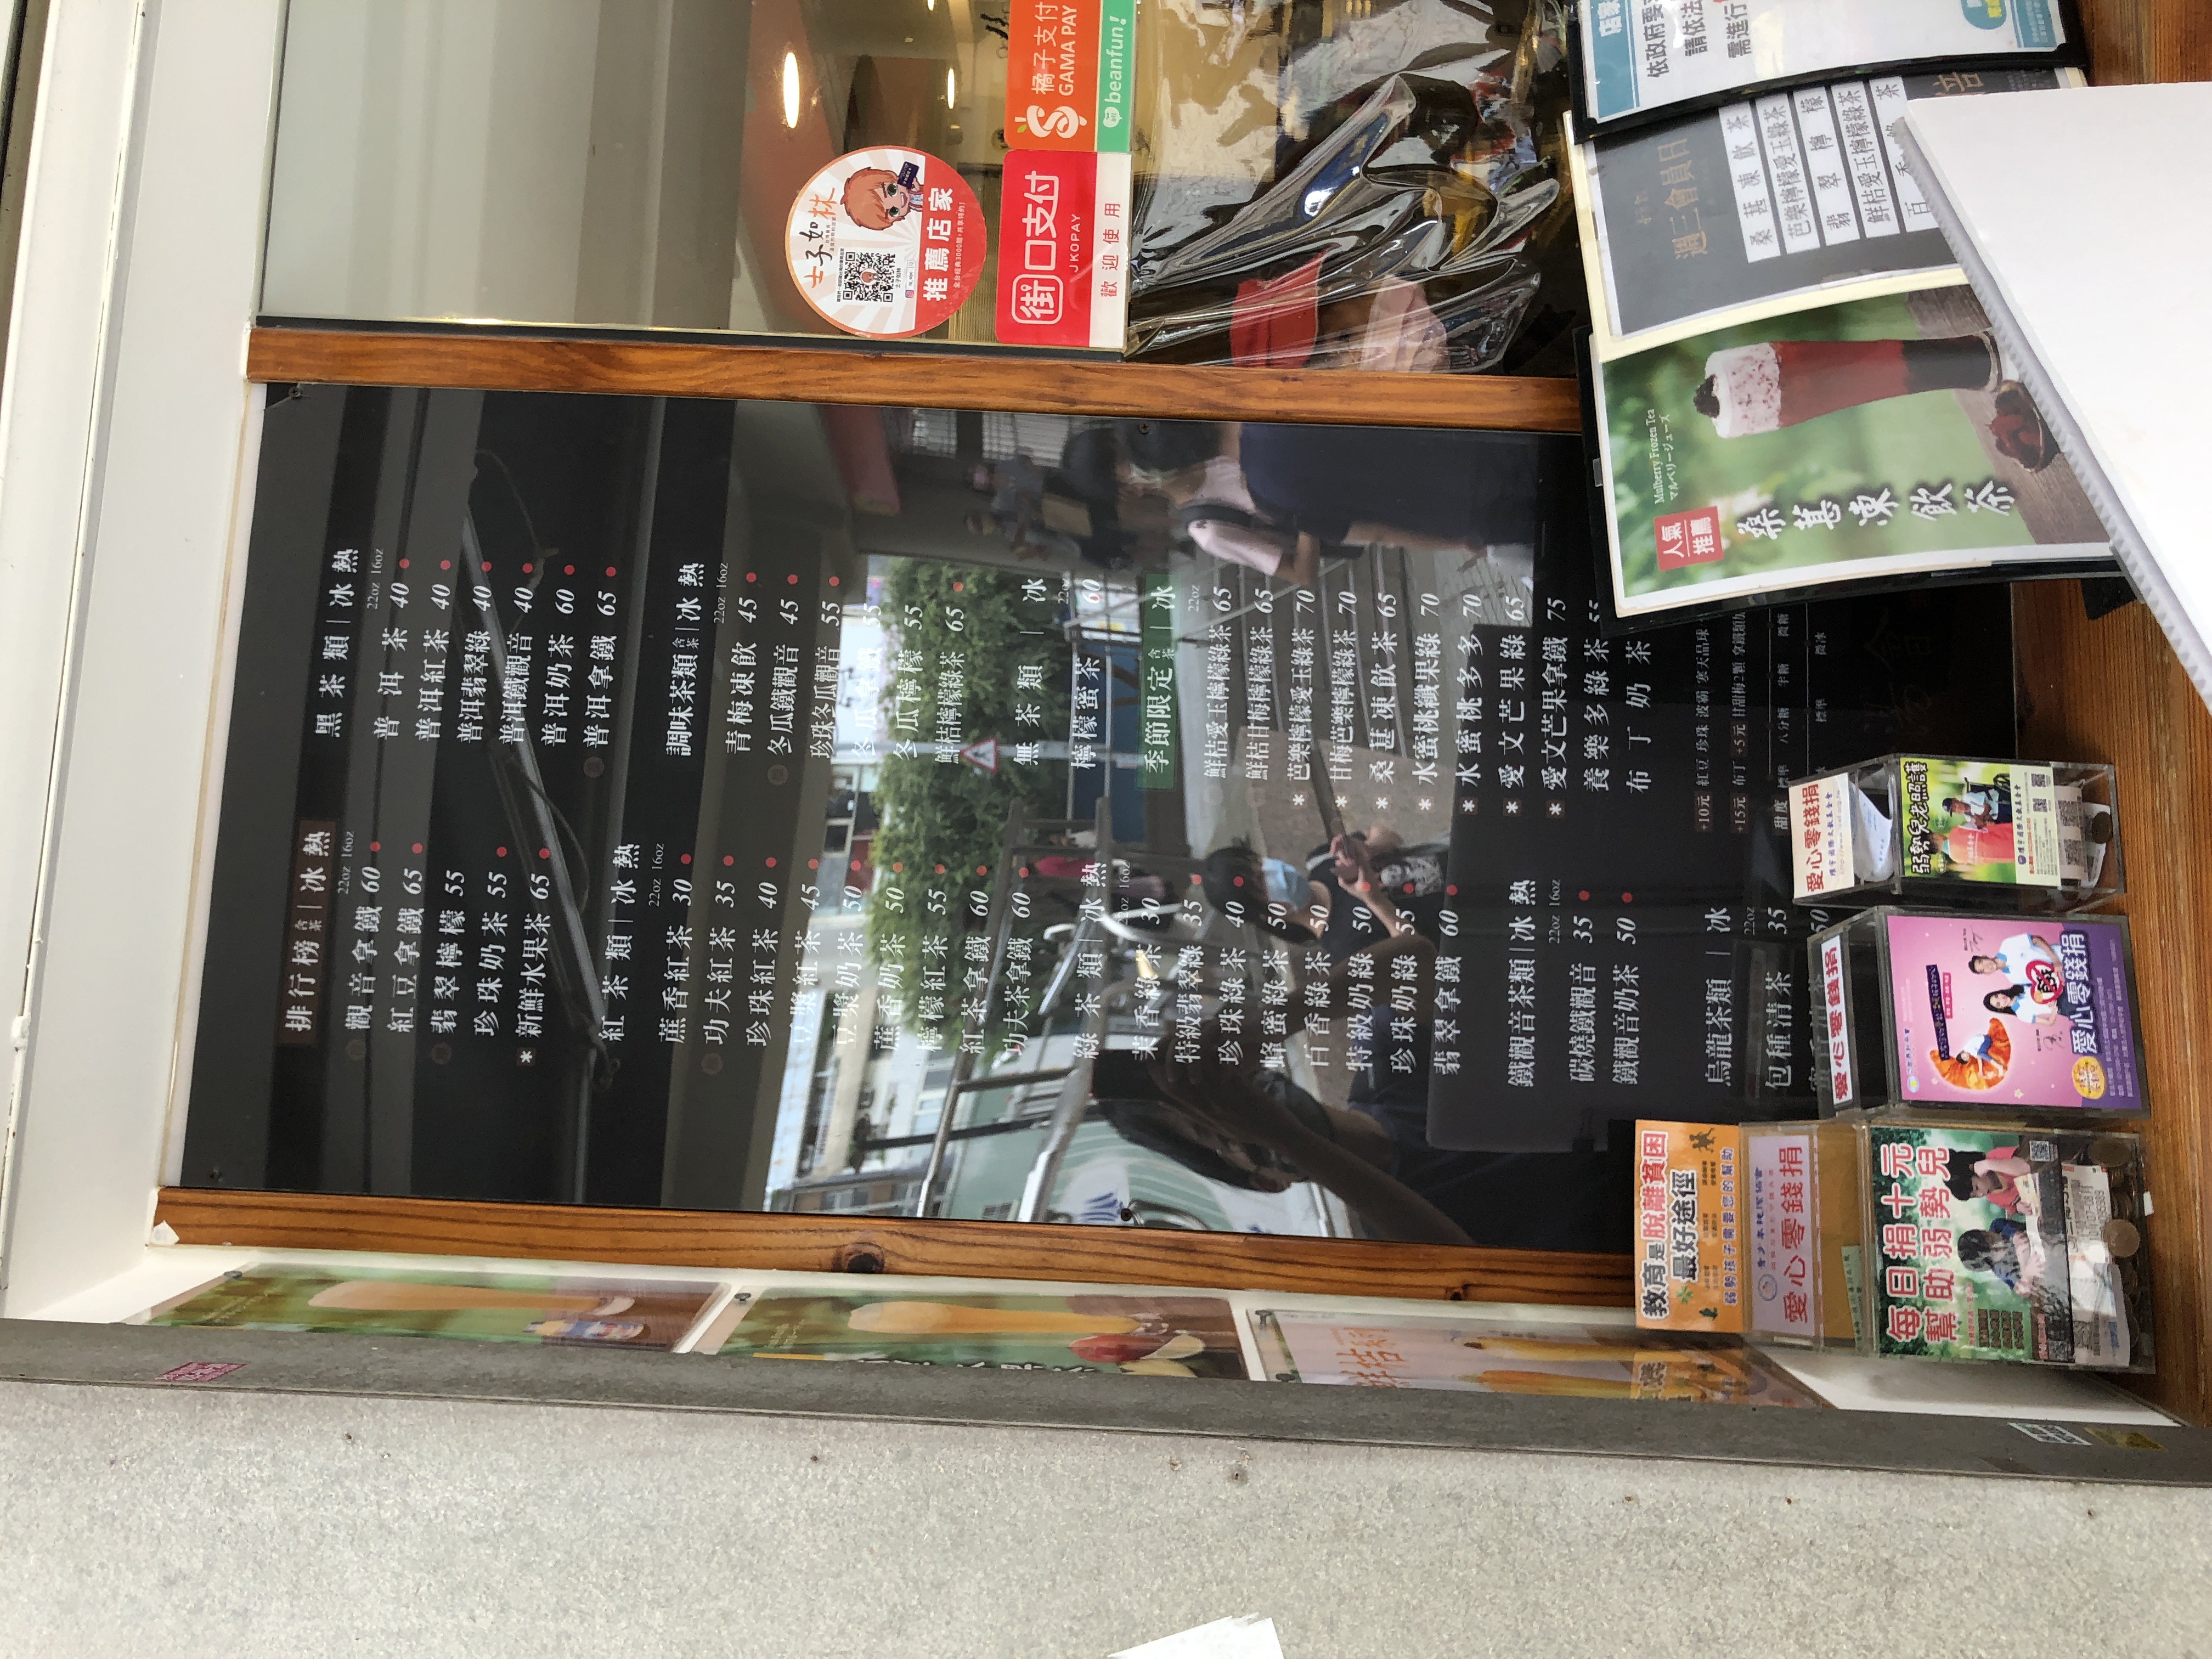
餐廳：士子如林
菜單：
name: 觀音拿鐵
price: 60
name: 紅豆拿鐵
price: 65
name: 翡翠檸檬
price: 55
name: 珍珠奶茶
price: 55
name: 新鮮水果茶
price: 65
name: 薰香紅茶
price: 30
name: 功夫紅茶
price: 35
name: 珍珠紅茶
price: 40
name: 蜂蜜紅茶
price: 50
name: 白香紅茶
price: 50
name: 特級奶綠
price: 55
name: 珍珠奶綠
price: 60
name: 翡翠拿鐵
price: 60
name: 功夫茶拿鐵
price: 60
name: 青梅凍飲
price: 45
name: 冬瓜觀音
price: 45
name: 珍珠冬瓜觀音
price: 55
name: 冬瓜檸檬
price: 55
name: 鶴桔檸檬綠茶
price: 65
name: 甘梅芭樂綠茶
price: 70
name: 桑葚凍飲
price: 65
name: 水蜜桃蘋果綠
price: 70
name: 愛文芒果綠
price: 70
name: 愛文芒果拿鐵
price: 75
name: 養樂多綠茶
price: 65
name: 布丁奶茶
price: 50
name: 普洱茶
price: 40
name: 普洱紅茶
price: 40
name: 普洱翡翠綠
price: 40
name: 普洱鐵觀音
price: 40
name: 鮮桔愛玉檸檬綠茶
price: 65
name: 鮮桔甘梅檸檬綠茶
price: 70
name: 檸檬蜜茶
price: 60
name: 炭燒鐵觀音
price: 35
name: 鐵觀音奶茶
price: 50
name: 鐵觀音拿鐵
price: 60
name: 烏龍清茶
price: 35
name: 紅豆
price: 10
name: 珍珠
price: 5
name: 波霸
price: 5
name: 愛玉
price: 5
name: 布丁
price: 5
name: 黑糖凍
price: 5
name: 寒天晶球
price: 10